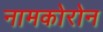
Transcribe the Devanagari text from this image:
नामकोरोन